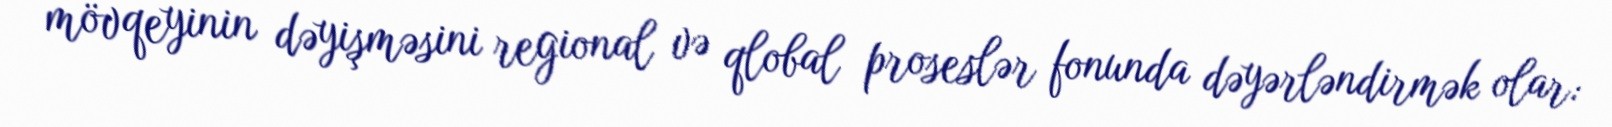
mövqeyinin dəyişməsini regional və qlobal proseslər fonunda dəyərləndirmək olar: